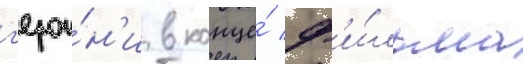
г'ерои́н'и в конце́ ф'и́льма